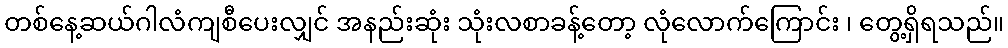
တစ်နေ့ဆယ်ဂါလံကျစီပေးလျှင် အနည်းဆုံး သုံးလစာခန့်တော့ လုံလောက်ကြောင်း ၊ တွေ့ရှိရသည်။